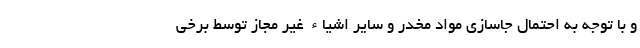
و با توجه به احتمال جاسازی مواد مخدر و سایر اشیاء غیر مجاز توسط برخی